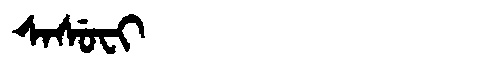
Manchu: ᠰᠠᠰᡠᠸᡳ
Romanization: SASUFI